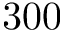
3 0 0